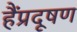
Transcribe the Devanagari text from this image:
हैंप्रदूषण